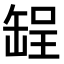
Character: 𫄺